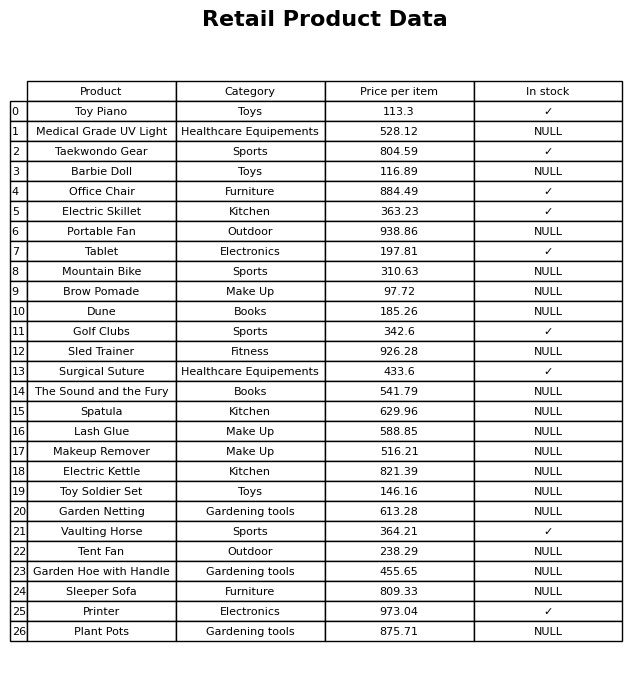
question: What is the price for Plant Pots?
answer: The price of Plant Pots is 875.71.